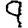
Digit: 9